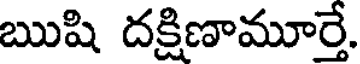
ఋషి దక్షిణామూర్తే.